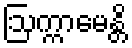
ဩက္ကာမေန္တိ